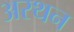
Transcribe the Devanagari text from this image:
अरथन